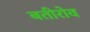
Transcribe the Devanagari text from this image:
बतीरोव